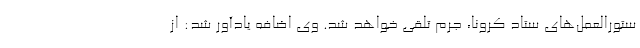
ستورالعمل‌های ستاد کرونا، جرم تلقی خواهد شد. وی اضافه یادآور شد: از